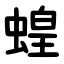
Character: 蝗